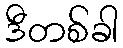
ဒီတစ်ခါ